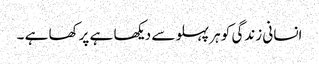
انسانی زندگی کو ہر پہلو سے دیکھا ہے پرکھا ہے ۔